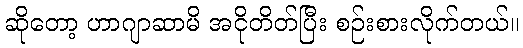
ဆိုတော့ ဟာဂျာဆာမိ အငိုတိတ်ပြီး စဉ်းစားလိုက်တယ်။